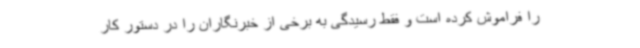
را فراموش کرده است و فقط رسیدگی به برخی از خبرنگاران را در دستور کار